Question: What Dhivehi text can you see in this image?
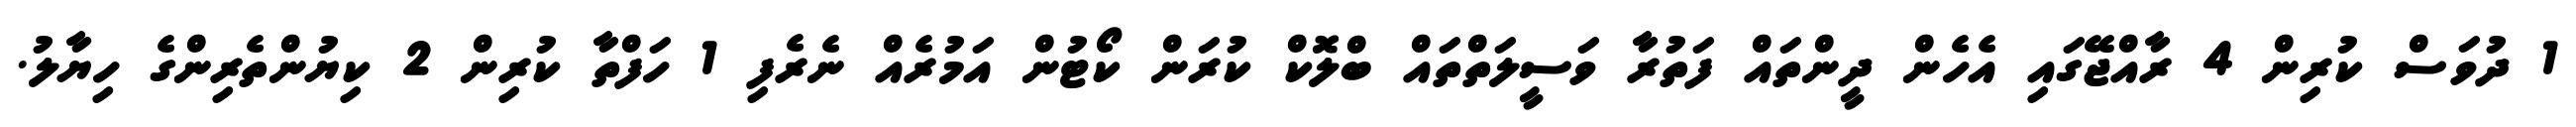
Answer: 1 ދުވަސް ކުރިން 4 ރާއްޖޭގައި އެހެން ދީންތައް ފަތުރާ ވަސީލަތްތައް ބްލޮކް ކުރަން ކޯޓުން އަމުރެއް ނެރެފި 1 ހަފްތާ ކުރިން 2 ކިޔުންތެރިންގެ ހިޔާލު.